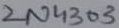
Text: 2N4303